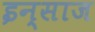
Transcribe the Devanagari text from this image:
इन्साज